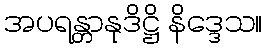
အပရန္တာနုဒိဋ္ဌိ နိဒ္ဒေသ။